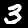
Label: 3